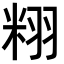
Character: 𮇝